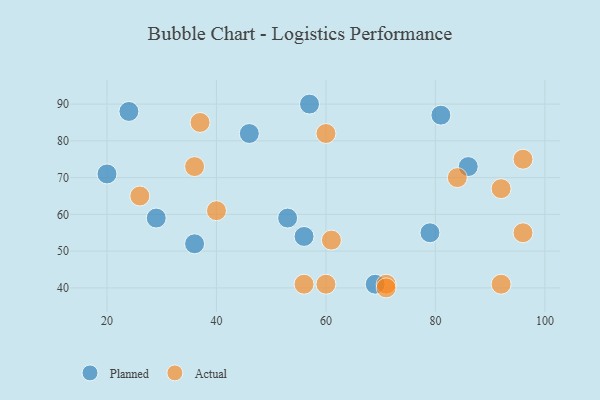
{"axis": {"x": "GDP", "y": "Life Expectancy"}, "legend": ["Actual", "Planned"], "data": [{"x": "36", "y": 52, "type": "Planned"}, {"x": "86", "y": 73, "type": "Planned"}, {"x": "56", "y": 54, "type": "Planned"}, {"x": "69", "y": 41, "type": "Planned"}, {"x": "20", "y": 71, "type": "Planned"}, {"x": "24", "y": 88, "type": "Planned"}, {"x": "53", "y": 59, "type": "Planned"}, {"x": "79", "y": 55, "type": "Planned"}, {"x": "46", "y": 82, "type": "Planned"}, {"x": "29", "y": 59, "type": "Planned"}, {"x": "81", "y": 87, "type": "Planned"}, {"x": "57", "y": 90, "type": "Planned"}, {"x": "26", "y": 65, "type": "Actual"}, {"x": "60", "y": 41, "type": "Actual"}, {"x": "96", "y": 75, "type": "Actual"}, {"x": "36", "y": 73, "type": "Actual"}, {"x": "84", "y": 70, "type": "Actual"}, {"x": "37", "y": 85, "type": "Actual"}, {"x": "71", "y": 41, "type": "Actual"}, {"x": "71", "y": 40, "type": "Actual"}, {"x": "61", "y": 53, "type": "Actual"}, {"x": "60", "y": 82, "type": "Actual"}, {"x": "92", "y": 41, "type": "Actual"}, {"x": "96", "y": 55, "type": "Actual"}, {"x": "40", "y": 61, "type": "Actual"}, {"x": "56", "y": 41, "type": "Actual"}, {"x": "92", "y": 67, "type": "Actual"}]}